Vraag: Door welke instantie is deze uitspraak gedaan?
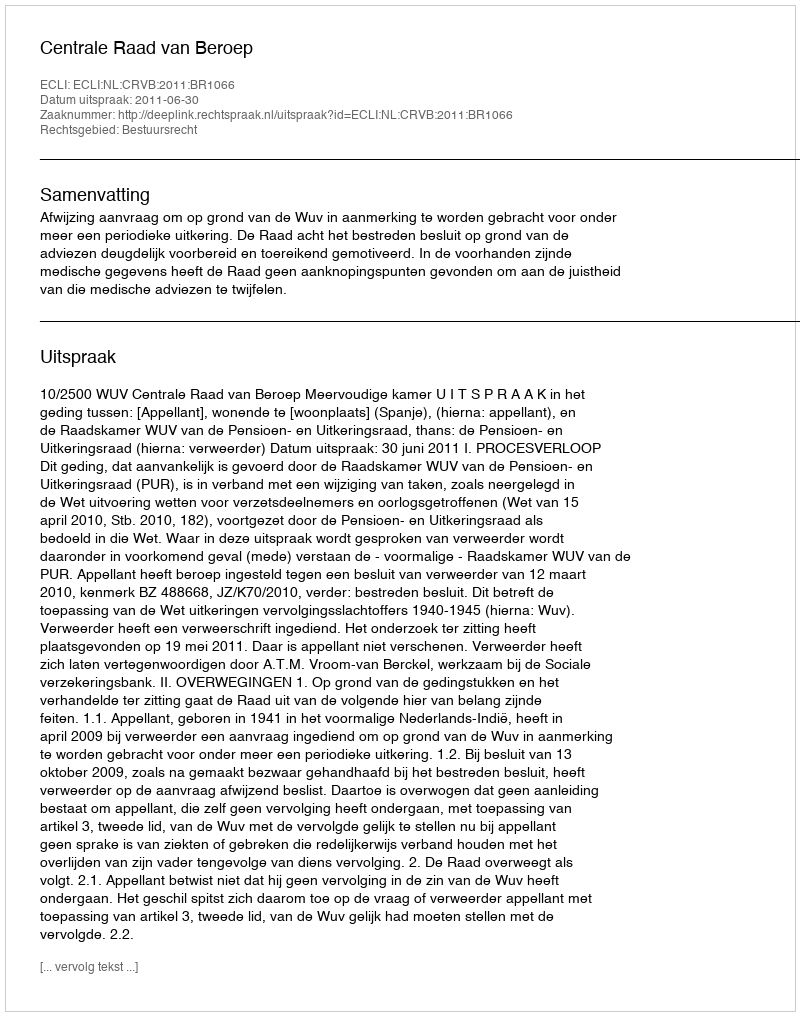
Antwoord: Centrale Raad van Beroep